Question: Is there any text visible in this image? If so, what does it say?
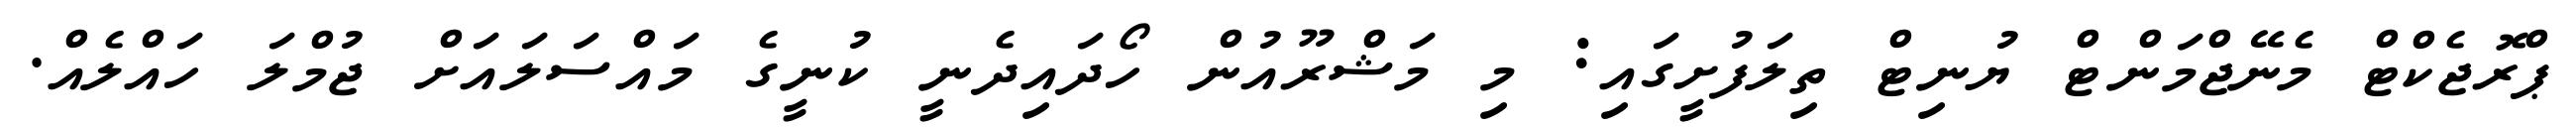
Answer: ޕްރޮޖެކްޓް މެނޭޖްމަންޓް ޔުނިޓް ތިލަފުށީގައި: މި މަޝްރޫއުން ހޯދައިދެނީ ކުނީގެ މައްސަލައަށް ޖުމްލަ ހައްލެއް.